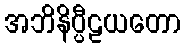
အဘိနိပ္ပီဠယတော